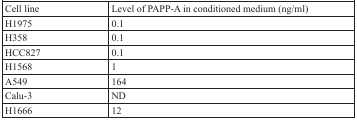
<table><thead><tr><td><b>Cell line</b></td><td><b>Level of PAPP-A in conditioned medium (ng/ml)</b></td></tr></thead><tbody><tr><td>H1975</td><td>0.1</td></tr><tr><td>H358</td><td>0.1</td></tr><tr><td>HCC827</td><td>0.1</td></tr><tr><td>H1568</td><td>1</td></tr><tr><td>A549</td><td>164</td></tr><tr><td>Calu-3</td><td>ND</td></tr><tr><td>H1666</td><td>12</td></tr></tbody></table>